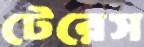
টেরেস